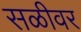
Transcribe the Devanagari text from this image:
सळीवर